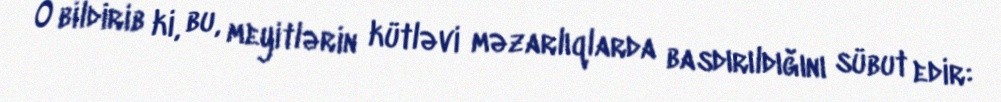
O bildirib ki, bu, meyitlərin kütləvi məzarlıqlarda basdırıldığını sübut edir: